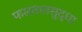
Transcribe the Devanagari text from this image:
फसतातसुद्धा